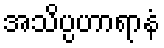
အသိပ္ပဟာရာနံ